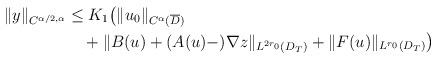
LaTeX: \begin{align*}\|y\|_{C^{\alpha/2,\alpha}}&\leq K_1\big(\|u_0\|_{C^{\alpha}(\overline{D})}\\&\quad+\|B(u)+(A(u)-)\nabla z\|_{L^{2r_0}(D_T)}+\|F(u)\|_{L^{r_0}(D_T)}\big)\end{align*}